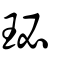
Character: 珌